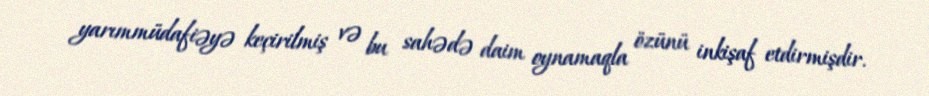
yarımmüdafiəyə keçirilmiş və bu sahədə daim oynamaqla özünü inkişaf etdirmişdir.